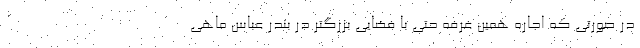
در صورتی که اجاره همین غرفه حتی با فضایی بزرگتر در بندر عباس ماهی